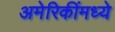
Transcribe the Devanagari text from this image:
अमेरिकींमध्ये